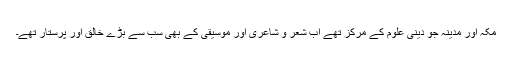
مکہ اور مدینہ جو دینی علوم کے مرکز تھے اب شعر و شاعری اور موسیقی کے بھی سب سے بڑے خالق اور پرستار تھے۔